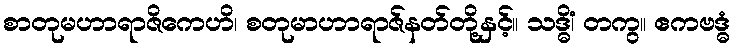
စာတုမဟာရာဇိကေဟိ၊ စတုမာဟာရာဇ်နတ်တို့နှင့်။ သဒ္ဓိံ၊ တကွ။ ဧကဗဒ္ဓံ